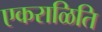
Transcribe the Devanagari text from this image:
एकराळिति